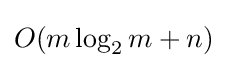
O(m\log _{2}m+n)